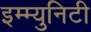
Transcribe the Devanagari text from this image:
इम्म्युनिटी